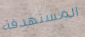
المستهدفة